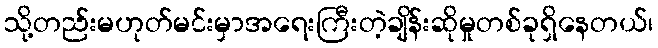
သို့တည်းမဟုတ်မင်းမှာအရေးကြီးတဲ့ချိန်းဆိုမှုတစ်ခုရှိနေတယ်၊